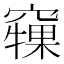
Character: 𥨘